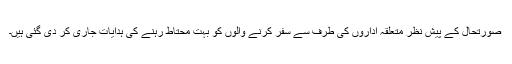
صورتحال کے پیش نظر متعلقہ اداروں کی طرف سے سفر کرنے والوں کو بہت محتاط رہنے کی ہدایات جاری کر دی گئی ہیں۔